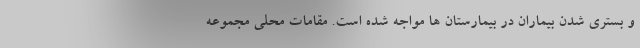
و بستری شدن بیماران در بیمارستان ها مواجه شده است. مقامات محلی مجموعه